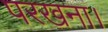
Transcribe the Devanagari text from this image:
परखना।